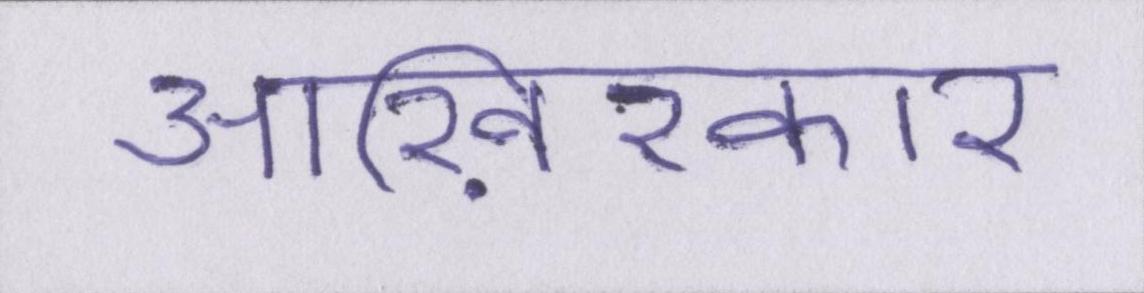
आख़िरकार